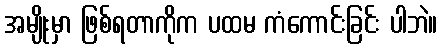
အမျိုးမှာ ဖြစ်ရတာကိုက ပထမ ကံကောင်းခြင်း ပါဘဲ။